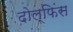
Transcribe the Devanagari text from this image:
दोल्फिंस